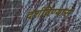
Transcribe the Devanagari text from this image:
दर्शविण्यास